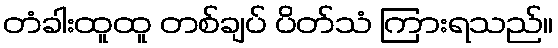
တံခါးထူထူ တစ်ချပ် ပိတ်သံ ကြားရသည်။